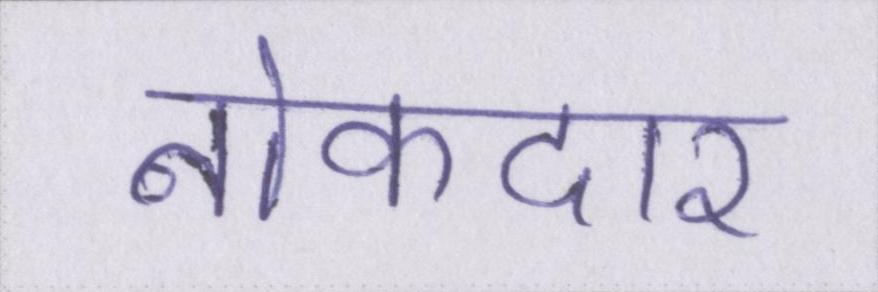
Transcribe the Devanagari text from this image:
नोकदार